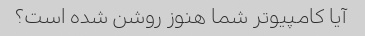
آیا کامپیوتر شما هنوز روشن شده است؟